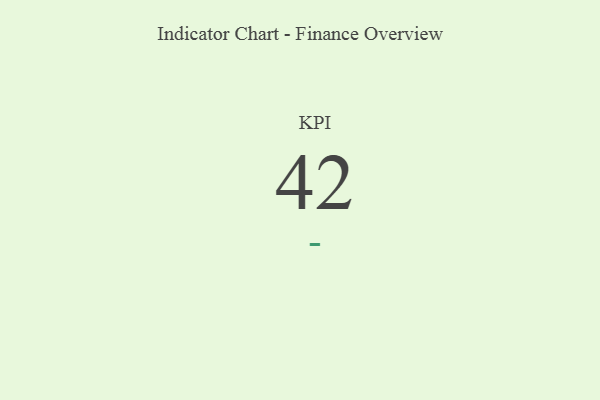
{"axis": {"x": "KPI", "y": "Value"}, "legend": [""], "data": [{"x": "KPI", "y": 42, "type": ""}]}